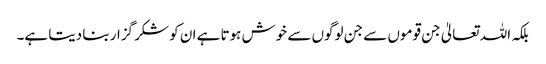
بلکہ اللہ تعالیٰ جن قوموں سے جن لوگوں سے خوش ہوتا ہے ان کو شکر گزار بنا دیتا ہے۔